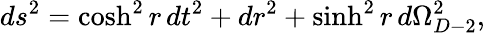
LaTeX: ds^{2}=\cosh^{2}r\, dt^{2}+dr^{2}+\sinh^{2}r\, d\Omega_{D-2}^{2},